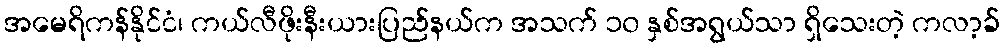
အမေရိကန်နိုင်ငံ၊ ကယ်လီဖိုးနီးယားပြည်နယ်က အသက် ၁၀ နှစ်အရွယ်သာ ရှိသေးတဲ့ ကလာ့ခ်